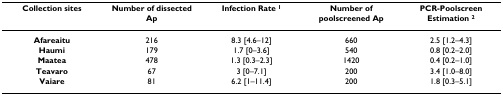
<table><thead><tr><td><b>Collection sites</b></td><td><b>Number of dissected Ap</b></td><td><b>Infection Rate <sup>1</sup></b></td><td><b>Number of poolscreened Ap</b></td><td><b>PCR-Poolscreen Estimation <sup>2</sup></b></td></tr></thead><tbody><tr><td><b>Afareaitu</b></td><td>216</td><td>8.3 [4.6–12]</td><td>660</td><td>2.5 [1.2–4.3]</td></tr><tr><td><b>Haumi</b></td><td>179</td><td>1.7 [0–3.6]</td><td>540</td><td>0.8 [0.2–2.0]</td></tr><tr><td><b>Maatea</b></td><td>478</td><td>1.3 [0.3–2.3]</td><td>1420</td><td>0.4 [0.2–1.0]</td></tr><tr><td><b>Teavaro</b></td><td>67</td><td>3 [0–7.1]</td><td>200</td><td>3.4 [1.0–8.0]</td></tr><tr><td><b>Vaiare</b></td><td>81</td><td>6.2 [1–11.4]</td><td>200</td><td>1.8 [0.3–5.1]</td></tr></tbody></table>